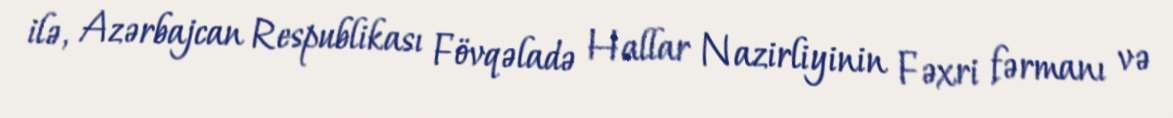
ilə, Azərbajcan Respublikası Fövqəladə Hallar Nazirliyinin Fəxri fərmanı və